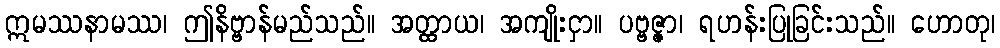
ဣမဿနာမဿ၊ ဤနိဗ္ဗာန်မည်သည်။ အတ္ထာယ၊ အကျိုးငှာ။ ပဗ္ဗဇ္ဇာ၊ ရဟန်းပြုခြင်းသည်။ ဟောတု၊